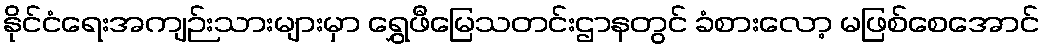
နိုင်ငံရေးအကျဉ်းသားများမှာ ရွှေဖီမြေသတင်းဌာနတွင် ခံစားလော့ မဖြစ်စေအောင်